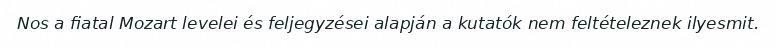
Nos a fiatal Mozart levelei és feljegyzései alapján a kutatók nem feltételeznek ilyesmit.